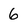
Character: 6